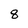
Character: 8